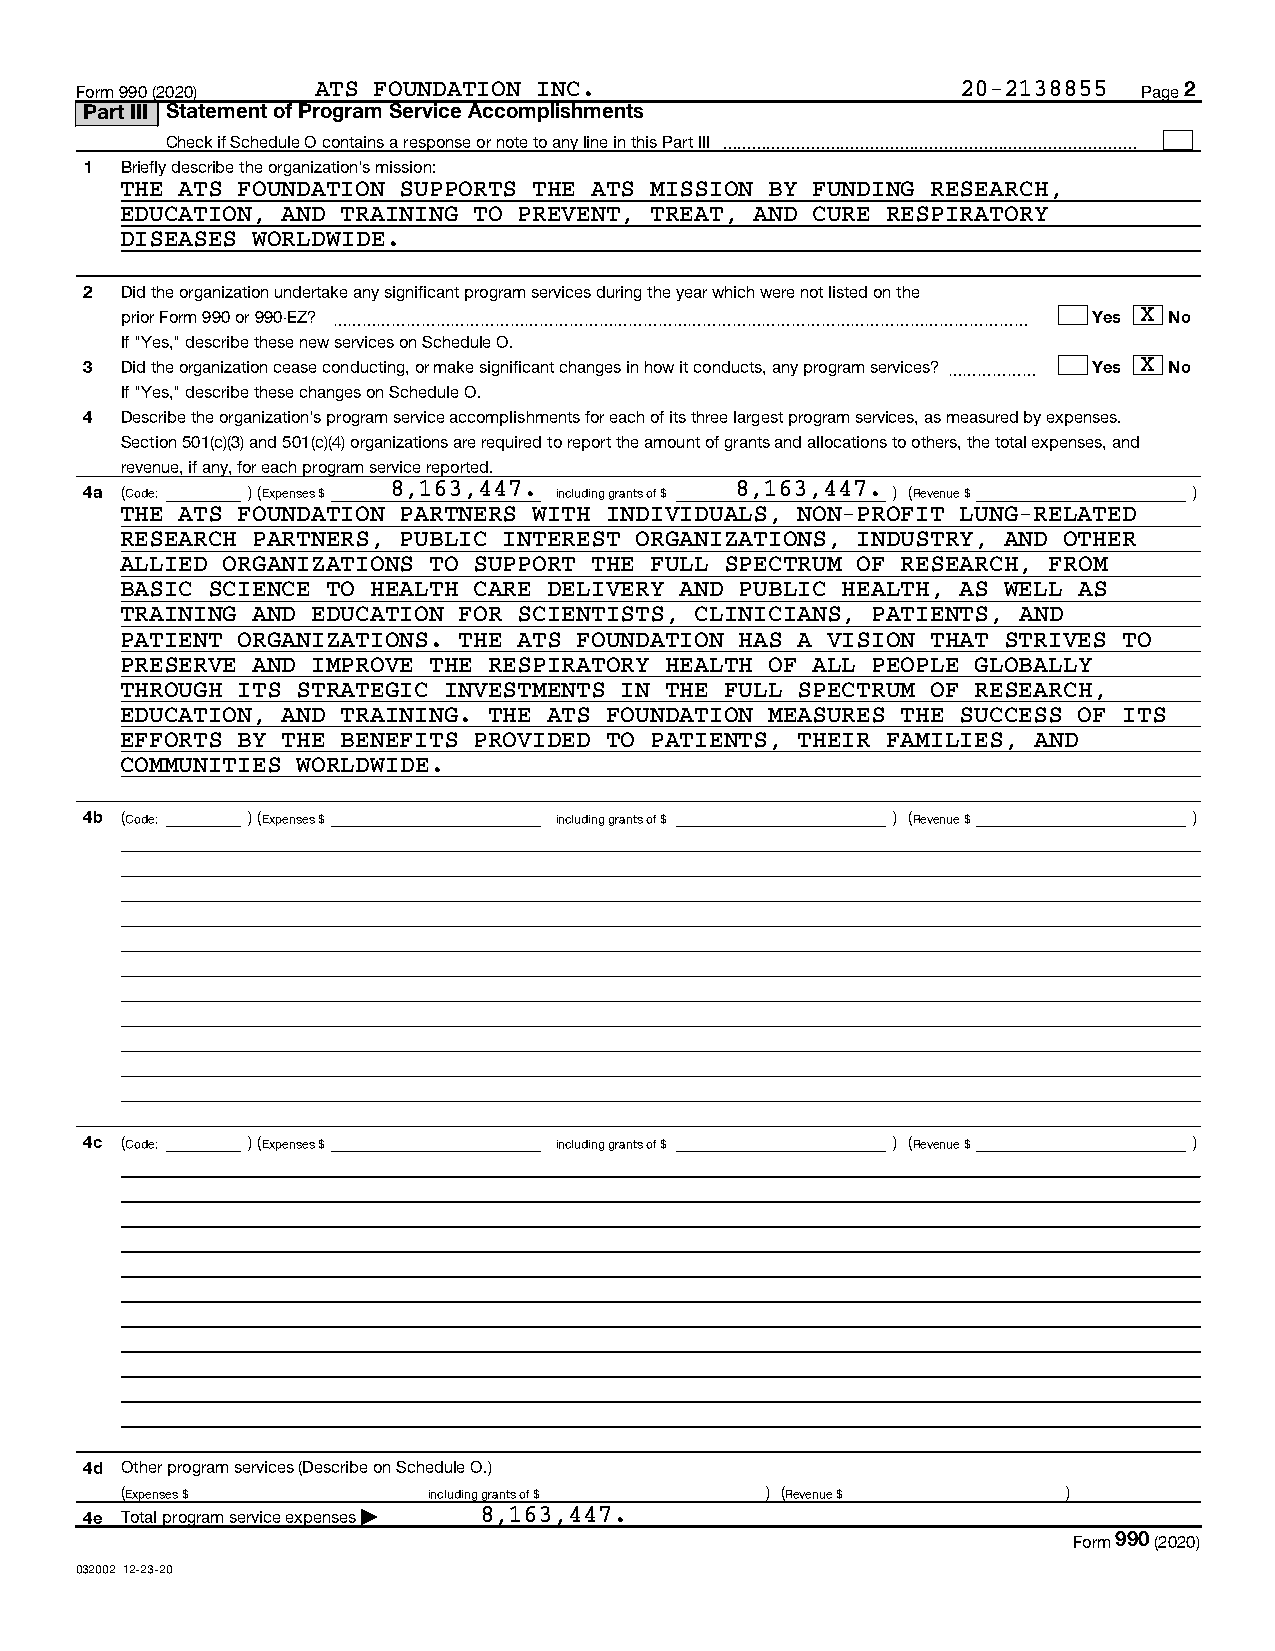
Form 990 (2020) ATS FOUNDATION INC.                        20-2138855  Page 2
 Part III Statement of Program Service Accomplishments
 Check if Schedule O contains a response or note to any line in this Part III 
 1 Briefly describe the organization's mission:
 THE ATS FOUNDATION SUPPORTS THE ATS MISSION BY FUNDING RESEARCH,
 EDUCATION, AND TRAINING TO PREVENT, TREAT, AND CURE RESPIRATORY
 DISEASES WORLDWIDE.
 2 Did the organization undertake any significant program services during the year which were not listed on the
 prior Form 990 or 990-EZ? ~~~~~~~~~~~~~~~~~~~~~~~~~~~~~~~~~~~~~~~~~~~~~~~ Yes X No
 If "Yes," describe these new services on Schedule O.
 3 Did the organization cease conducting, or make significant changes in how it conducts, any program services? ~~~~~~ Yes X No
 If "Yes," describe these changes on Schedule O.
 4 Describe the organization's program service accomplishments for each of its three largest program services, as measured by expenses.
 Section 501(c)(3) and 501(c)(4) organizations are required to report the amount of grants and allocations to others, the total expenses, and
 revenue, if any, for each program service reported.
 4a (Code: ) (Expenses $ 8,163,447. including grants of $ 8,163,447. ) (Revenue $ )
 THE ATS FOUNDATION PARTNERS WITH INDIVIDUALS, NON-PROFIT LUNG-RELATED
 RESEARCH PARTNERS, PUBLIC INTEREST ORGANIZATIONS, INDUSTRY, AND OTHER
 ALLIED ORGANIZATIONS TO SUPPORT THE FULL SPECTRUM OF RESEARCH, FROM
 BASIC SCIENCE TO HEALTH CARE DELIVERY AND PUBLIC HEALTH, AS WELL AS
 TRAINING AND EDUCATION FOR SCIENTISTS, CLINICIANS, PATIENTS, AND
 PATIENT ORGANIZATIONS. THE ATS FOUNDATION HAS A VISION THAT STRIVES TO
 PRESERVE AND IMPROVE THE RESPIRATORY HEALTH OF ALL PEOPLE GLOBALLY
 THROUGH ITS STRATEGIC INVESTMENTS IN THE FULL SPECTRUM OF RESEARCH,
 EDUCATION, AND TRAINING. THE ATS FOUNDATION MEASURES THE SUCCESS OF ITS
 EFFORTS BY THE BENEFITS PROVIDED TO PATIENTS, THEIR FAMILIES, AND
 COMMUNITIES WORLDWIDE.
 4b (Code: ) (Expenses $        including grants of $ ) (Revenue $        )
 4c (Code: ) (Expenses $        including grants of $ ) (Revenue $        )
 4d Other program services (Describe on Schedule O.)
 (Expenses $         including grants of $  ) (Revenue $        )
 4e Total program service expenses | 8,163,447.
 Form 990 (2020)
 032002 12-23-20